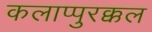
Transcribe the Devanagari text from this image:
कलाप्पुरक्कल